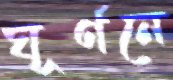
ঘূর্ণনে